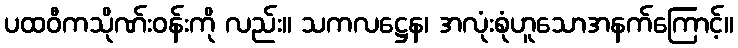
ပထဝီကသိုဏ်းဝန်းကို လည်း။ သကလဋ္ဌေန၊ အလုံးစုံဟူသောအနက်ကြောင့်။